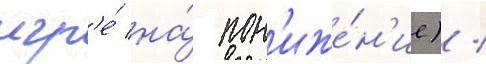
игр'е́ на́ пон'иже́н'ие) /